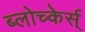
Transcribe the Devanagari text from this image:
ब्लोच्केर्स्